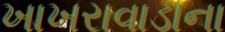
ખાખરાવાડાના